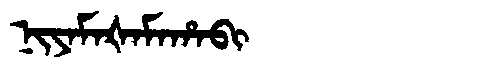
Manchu: ᠨᡳᠶᠠᠮᠠᡧᠠᠮᠠᡥᠠᠪᡳ
Romanization: NIYAMAŠAMAHABI